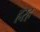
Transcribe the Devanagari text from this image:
हरह